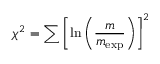
\chi ^ { 2 } = \sum \left[ \ln \left( \frac { m } { m _ { \mathrm { \small { e x p } } } } \right) \right] ^ { 2 }